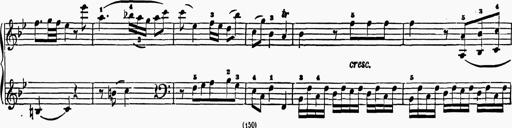
Title: 6 Sonatas
Composer: Muzio Clementi